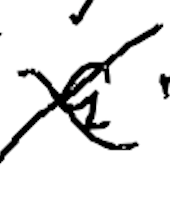
Text: a
Cross-out: cross
Writing tool: digital_black